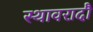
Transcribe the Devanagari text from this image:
स्थावरादौ